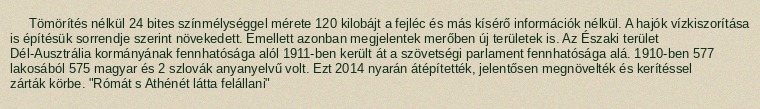
Tömörítés nélkül 24 bites színmélységgel mérete 120 kilobájt a fejléc és más kísérő információk nélkül. A hajók vízkiszorítása is építésük sorrendje szerint növekedett. Emellett azonban megjelentek merőben új területek is. Az Északi terület Dél-Ausztrália kormányának fennhatósága alól 1911-ben került át a szövetségi parlament fennhatósága alá. 1910-ben 577 lakosából 575 magyar és 2 szlovák anyanyelvű volt. Ezt 2014 nyarán átépítették, jelentősen megnövelték és kerítéssel zárták körbe. "Rómát s Athénét látta felállani"